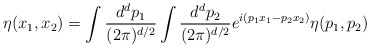
\begin{align*}\eta (x_{1},x_{2})=\int {d^{d}p_{1}\over (2\pi )^{d/2}}\int {d^{d}p_{2}\over (2\pi )^{d/2}}e^{i(p_{1}x_{1}-p_{2}x_{2})}\eta (p_{1},p_{2})\end{align*}